Annual report of lunatic asylums [Bombay] - 1912-1922
Year: 1912
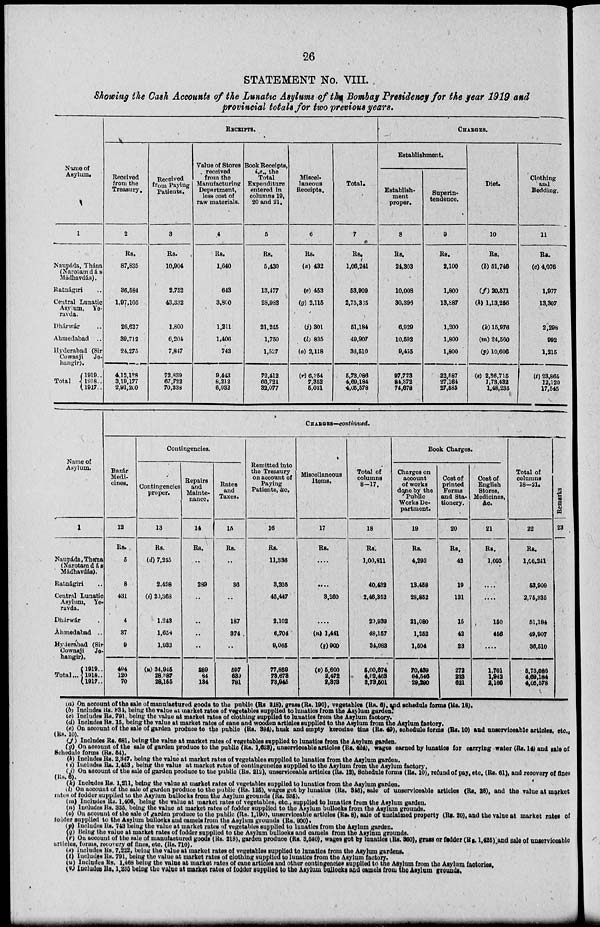
26
STATEMENT No. VIII.
Showing the Cash Accounts of the Lunatic Asylums of the Bombay Presidency for the year 1919 and
provincial totals for two previous years.
Name of
Asylum.
1
Naupáda, Thána
(Narotam dás
Madhavdás).
Ratnágiri ..
Central Lunatic
Asylum, Ye-
ravda.
Dhárwár ..
Ahmedabad ..
Hyderabad (Sir
Cowasji Je-
hangir).
Total
1919 . .
1918 . .
1917 . .
RECEIPTS.
Received
from the
Treasury.
2
Rs.
87,835
36,584
1,97,105
26,627
39,712
24,275
4,12,128
3,19,177
2,91,200
Received
from Paying
Patients.
3
Rs.
10,904
2,752
43,332
1,800
6,204
7,847
72,839
67,722
70,338
Value of Stores
received
from the
Manufacturing
Department,
less cost of
raw materials.
4
Rs.
1,640
643
3,800
1,211
1,406
743
9,443
8,212
6,932
Book Receipts,
i.e., the
Total
Expenditure
entered in
columns 19,
20 and 21.
5
Rs.
5,430
13,477
28,988
21,245
1,750
1,527
72,412
66,721
32,077
Miscel-
laneous
Receipts.
6
Rs.
(a) 432
(e) 453
(g) 2,115
(j) 301
(l) 835
(o) 2,118
(r) 6,254
7,352
5,031
Total.
7
Rs.
1,06,241
53,909
2,75,335
51,184
49,907
36,510
5,73,086
4,69,184
4,05,578
CHARGES.
Establishment.
Establish-
ment
proper.
8
Rs.
24,303
10,008
30,396
6,929
10,592
9,455
97,723
84,872
74,678
Superin-
tendence.
9
Rs.
2,100
1,800
13,887
1,200
1,800
1,800
22,587
27,164
27,585
Diet.
10
Rs.
(b) 51,746
(f) 20,571
(h) 1,13,256
(k) 15,976
(m) 24,560
(p) 10,606
(s) 2,36,715
1,73,432
1,48,235
Clothing
and
Bedding.
11
Rs.
(c) 4,076
1,977
13,307
2,298
992
1,215
(t) 23,865
12,120
17,545
Name of
Asylum.
1
Naupáda,Thána
(Narotamdás
Mádhavdás).
Ratnágiri ..
Central Lunatic
Asylum, Ye-
ravda.
Dhárwár ..
Ahmedabad ..
Hyderabad (Sir
Cowosji Je-
hangir).
Total ...
1919 ..
1918 ..
1917 ..
CHARGES — continued.
Bazár
Medi-
cines.
12
Rs.
5
8
431
4
37
9
494
120
70
Contingencies.
Contingencies
proper.
13
Rs.
(d) 7,245
2,498
(i) 20,368
1,243
1,658
1,933
(u) 34,945
28,887
28,155
Repairs
and
Mainte-
nance.
14
RS.
..
289
..
..
..
..
289
84
134
Rates
and
Taxes.
15
Rs.
..
36
..
187
374
..
597
639
781
Remitted into
the Treasury
on account of
Paying
Patients, &c.
16
Rs.
11,336
3,205
45,447
2,102
6,704
9,065
77,859
73,673
73,945
Miscellaneous
Items.
17
Rs.
....
....
3,260
....
(n) 1,441
(q) 900
(v) 5,600
2,472
2,373
Total of
columns
8–17.
18
RS.
1,00,811
40,432
2,46,352
29,939
48,157
34,983
5,00,674
4,02,463
3,73,501
Book Charges.
Charges on
account
of works
done by the
Public
Works De-
partment.
19
Rs.
4,293
13,458
28,852
21,080
1,252
1,504
70,439
64,546
29,290
Cost of
printed
Forms
and Sta-
tionery.
20
Rs.
42
19
131
15
42
23
272
238
621
Cost of
English
Stores,
Medicines,
&c.
21
RS.
1,093
....
....
150
456
....
1,701
1,942
2,166
Total of
columns
18––21.
22
Rs.
1,06,241
53,909
2,75,335
51,184
49,907
36,510
5,73,086
4,69,184
4,05,578
Remarks
23
(a) On account of the sale of manufactured goods to the public (Rs 218), grass (Rs. 190), vegetables (Rs. 6), and schedule forms (Rs. 18).
(b) Includes Rs. 834, being the value at market rates of vegetables supplied to lunatics from the Asylum garden.
(c) Includes Rs. 791, being the value at market rates of clothing supplied to lunatics from the Asylum factory.
(d) Includes Rs. 15, being the value at market rates of cane and wooden articles supplied to the Asylum from the Asylum factory.
(e) On account of the sale of garden produce to the public (Rs. 384), husk and empty kerosine tins (Rs. 49), schedule forms (Rs. 10) and unserviceable articles, etc.,
(Rs. 10).
(f) Includes Rs. 681, being the value at market rates of vegetables supplied to lunatics from the Asylum garden.
(g) On account of the sale of garden produce to the public (Rs. 1,623), unserviceable articles (Rs. 424), wages earned by lunatics for carrying water (Rs. 14) and sale of
Schedule forms (Rs. 54).
(h) Includes Rs. 2,347, being the value at market rates of vegetables supplied to lunatics from the Asylum garden.
(i) Iucludes Rs. 1,453, being the value at market rates of contingencies supplied to the Asylum from the Asylum factory.
(j) On account of the sale of garden produce to the public (Rs. 212) unserviceable articles (Rs. 12), Schedule forms (Rs. 10), refund of pay, etc. (Rs. 61), and recovery of fines
(Rs. 6).
(k) Includes Rs. 1,211, being the value at market rates of vegetables supplied to lunatics from the Asylum garden.
(l) On account of the sale of garden produce to the public (Rs. 125), wages got by lunatics (Rs. 346), sale of unserviceable articles (Rs. 28), and the value at market
rates of fodder supplied to the Asylum bullocks from the Asylum grounds (Rs. 335).
(m) Includes Rs. 1,406, being the value at market rates of vegetables, etc., supplied to lunatics from the Asylum garden.
(n) Includes Rs. 335, being the value at market rates of fodder supplied to the Asylum bullocks from the Asylum grounds.
(o) On account of the sale of garden produce to the public (Rs. 1,190), unserviceable articles (Rs. 8), sale of unclaimed property (Rs. 20), and the value at market rates of
folder supplied to the Asylum bullocks and camels from the Asylum grounds (Rs. 900).
(p) Includes Rs. 743 being the value at market rates of vegetables supplied to lunatics from the Asylum garden.
(q) Being the value at market rates of fodder supplied to the Asylum bullocks and camels from the Asylum grounds.
(r) On account of the sale of manufactured goods (Rs. 218), garden produce (Rs. 3,540), wages got by lunatics Rs. 360), grass or fodder (Rs. 1,425) and sale of unserviceable
articles, forms, recovery of fines, etc. (Rs. 710).
(s) Includes Rs. 7, 222, being the value at market rates of vegetables supplied to lunatics from the Asylum gardens.
(t) Includes Rs.791, being the value at market rates of clothing supplied to lunatics from the Asylum factory.
(u) Includes Rs. 1,468 being the value at market rates of cane articles and other contingencies supplied to the Asylum from the Asylum factories.
(v) Includes Rs. 1,235 being the value at market rates of fodder supplied to the Asylum bullocks and camels from the Asylum grounds.